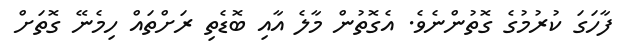
ފާހަގަ ކުރުމުގެ ގޮތުންނެވެ. އެގޮތުން މާލެ އާއި ބޮޑެތި ރަށްތައް ހިމެނޭ ގޮތަށް